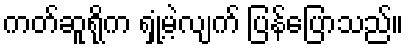
ကတ်ဆူရိုက ရှုံ့မဲ့လျက် ပြန်ပြောသည်။